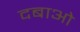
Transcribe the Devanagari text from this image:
दबाओ